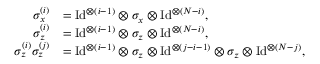
\begin{array} { r l } { \sigma _ { x } ^ { ( i ) } } & { = \mathrm { I d } ^ { \otimes ( i - 1 ) } \otimes \sigma _ { x } \otimes \mathrm { I d } ^ { \otimes ( N - i ) } , } \\ { \sigma _ { z } ^ { ( i ) } } & { = \mathrm { I d } ^ { \otimes ( i - 1 ) } \otimes \sigma _ { z } \otimes \mathrm { I d } ^ { \otimes ( N - i ) } , } \\ { \sigma _ { z } ^ { ( i ) } \sigma _ { z } ^ { ( j ) } } & { = \mathrm { I d } ^ { \otimes ( i - 1 ) } \otimes \sigma _ { z } \otimes \mathrm { I d } ^ { \otimes ( j - i - 1 ) } \otimes \sigma _ { z } \otimes \mathrm { I d } ^ { \otimes ( N - j ) } , } \end{array}